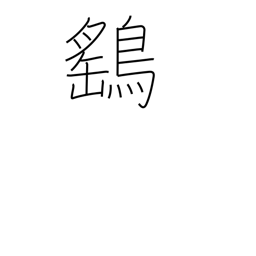
Meaning: sparrow hawk